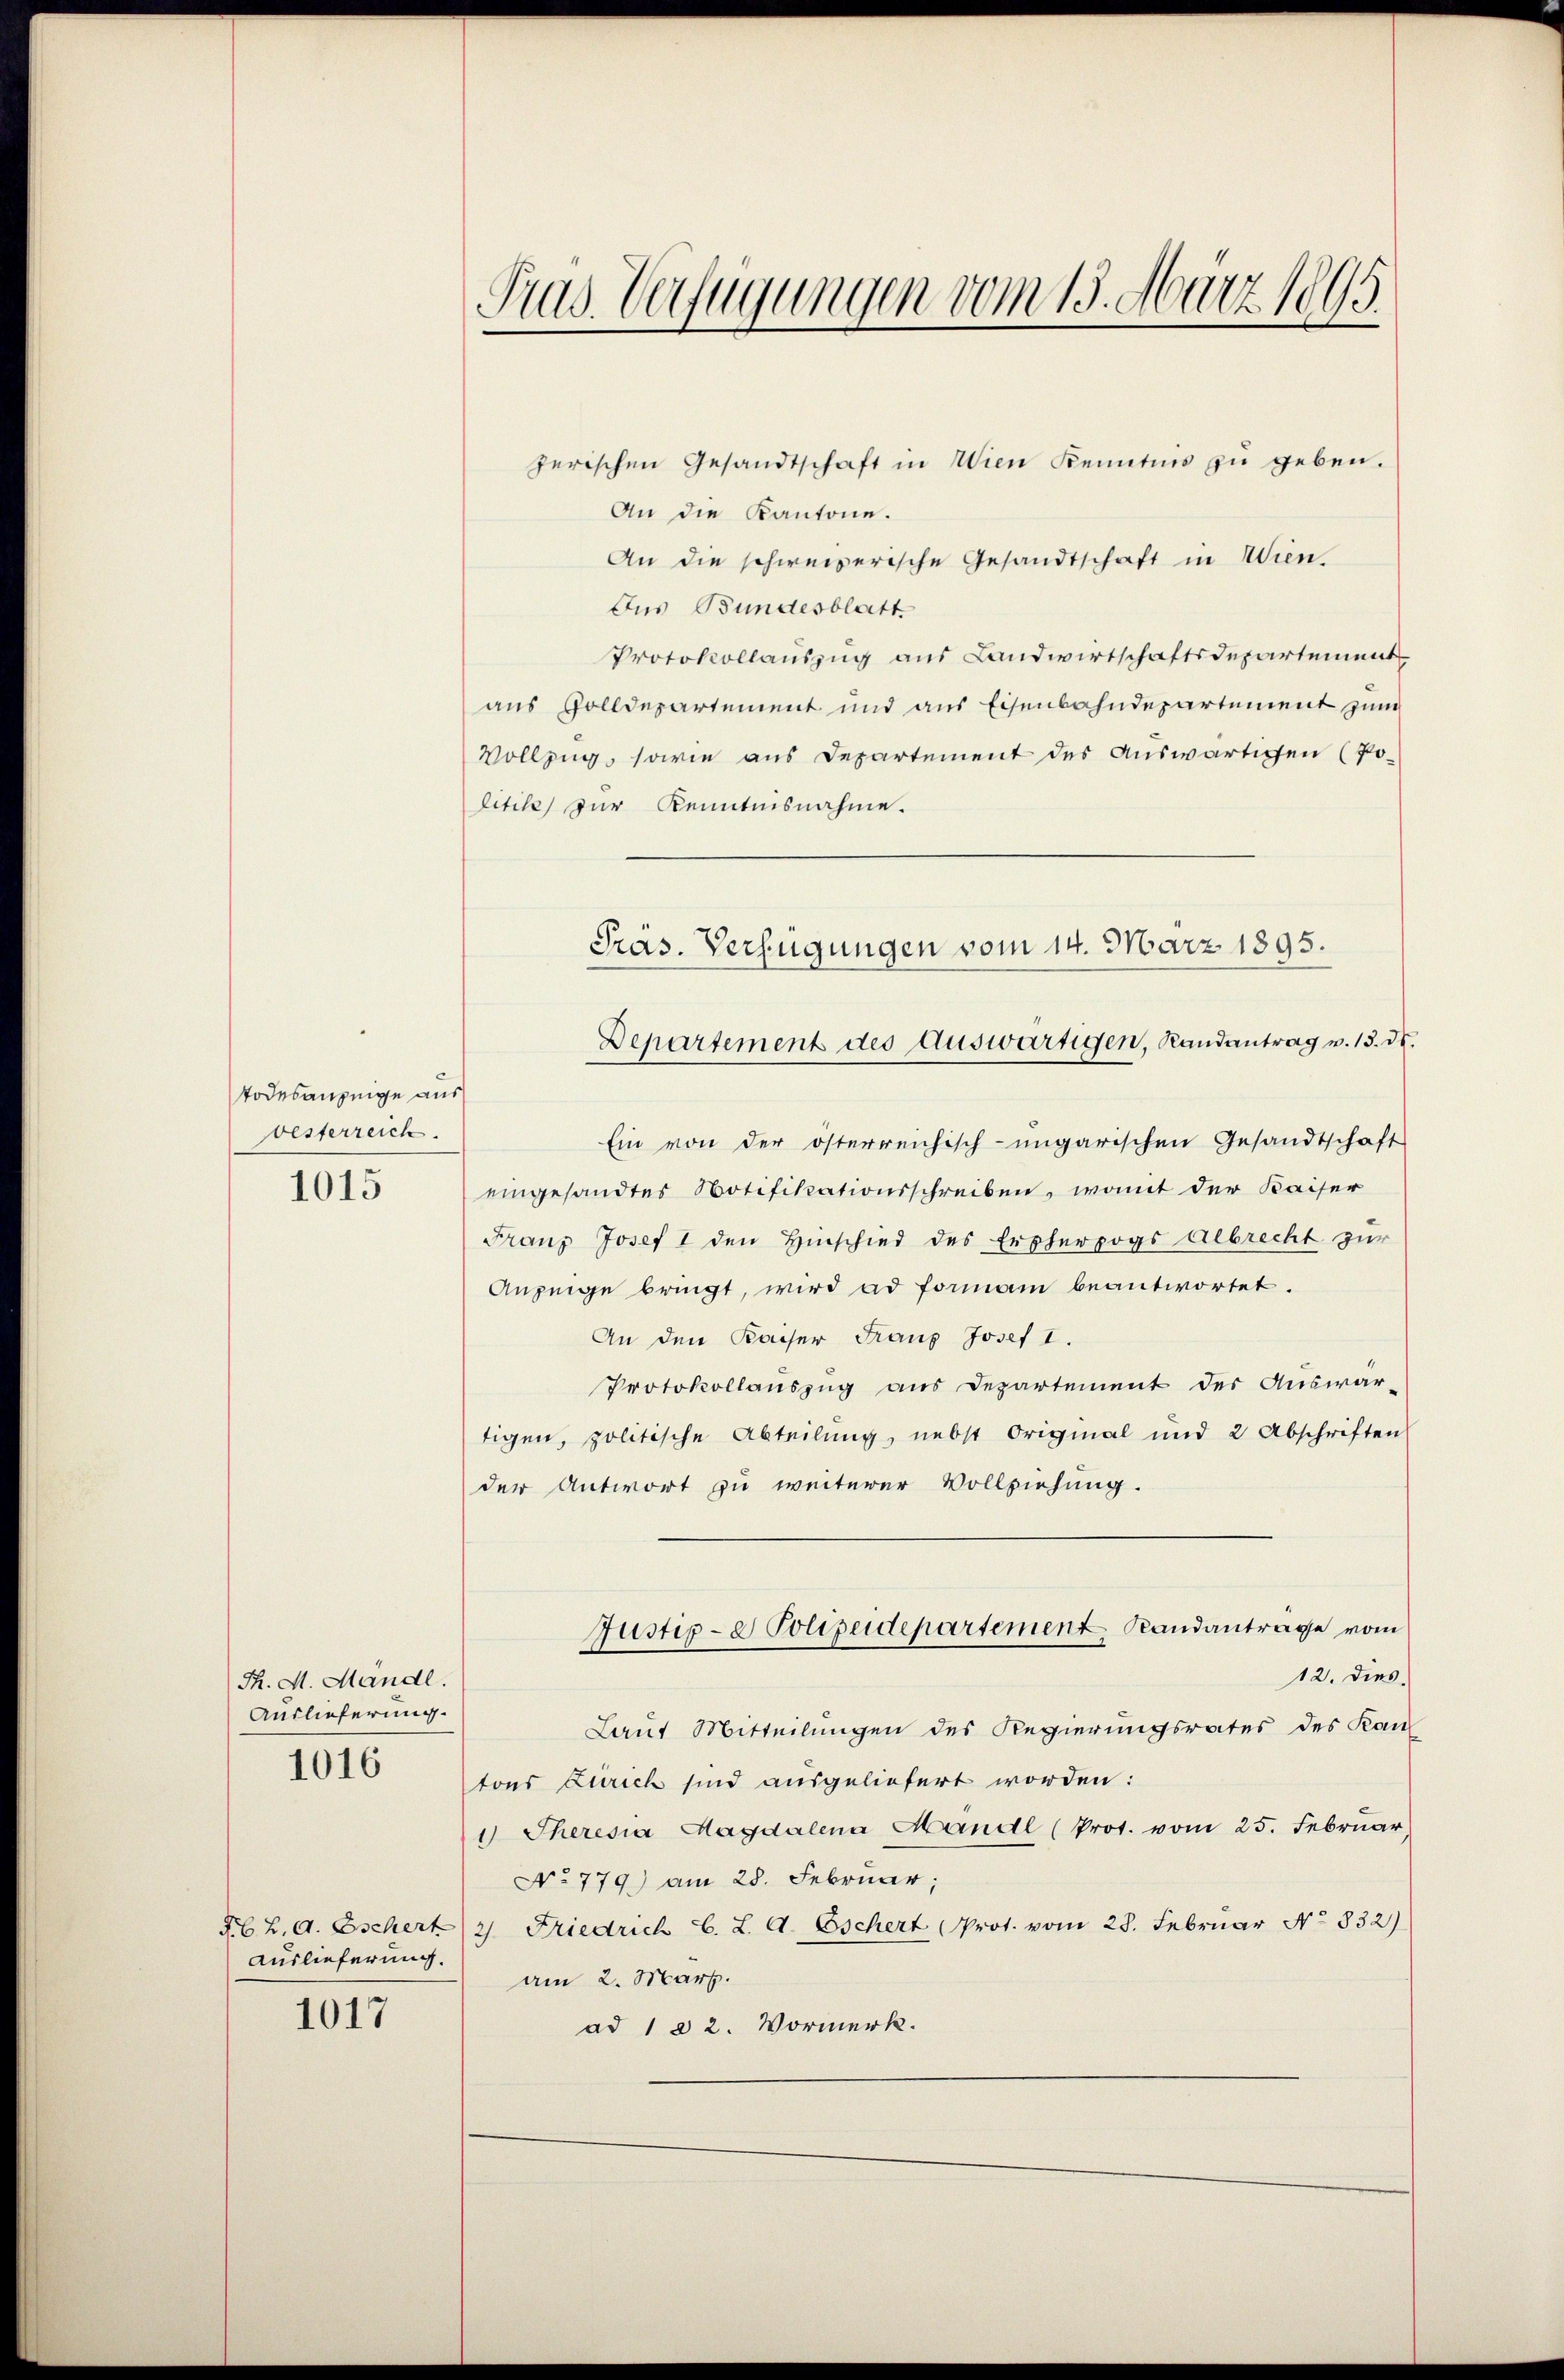
Todesanzeige aus
vesterreich.

1015

P. M. Mandl.
Auslieferung.
1016

Auslieferung.

1017

zerischen Gesandtschaft in Wien Kenntnis zŭ geben.
An die Kantone.
An die schweizerische Gesandtschaft in Wien
Aus Bundesblatt
Protokollauszug aus Landwirtschaftsdepartement
aus Zolldepartement und aus Eisenbahndepartement zum
Vollzug, sowie aus Departement des Auswärtigen (Politik zur Kenntnisnahme.
Ein von der österreichisch-ungarischen Gesandtschaft
eingesandtes Notifikationsschreiben, womit der Kaiser
Franz Josef I den Hinschied des Erzherzogs Albrecht zur
Anzeige bringt, wird ad formam beantwortet.
An den Kaiser Franz Josef I.
Protokollauszug aus Departement der Auswar-
tigen, politische Abteilung, nebst Original und 2 Abschriften
der Antwort zu weiterer Vollziehung.
Justiz- & Polizeidepartement Randanträge vom
12. dies
Laut Mitteilungen des Regierungsrates des Kan
tons Zürich sind ausgeliefert worden:
1 Theresia Magdalena Mandl (Prot. vom 25. Februar,
No 779) am 28. Februar,
F Z. d. Eschert 2 Friedrich C. L. A. Eschert Prot. vom 28. Februar No 832)
am 2. März.
ad 1 a 2. Vormerk.

Pras. Verfügungen vom 15. März 1895.

Pras. Verfügungen vom 14. März 1895.
Departement des Auswärtigen, Randantrag v. 13. ds.